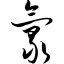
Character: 氯